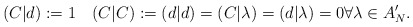
\begin{align*}(C|d):=1\quad(C|C):=(d|d)=(C|\lambda)=(d|\lambda)=0 \forall \lambda \in A_N'.\end{align*}